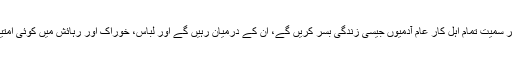
ان ہدایات کا مطلب یہ تھا کہ گورنر سمیت تمام اہل کار عام آدمیوں جیسی زندگی بسر کریں گے، ان کے درمیان رہیں گے اور لباس، خوراک اور رہائش میں کوئی امتیازی حیثیت اختیار نہیں کریں گے۔